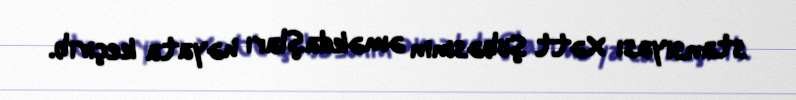
stansiyası Xətt Şöbəsinin əməkdaşları həyata keçirib.